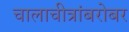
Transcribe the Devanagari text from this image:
चालाचीत्रांबरोबर